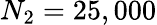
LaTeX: N_{2}=25,000